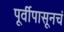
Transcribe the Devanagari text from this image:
पूर्वीपासूनचं